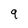
Character: 9